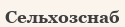
Сельхозснаб